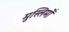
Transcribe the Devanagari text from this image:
मुस्लिमोँ